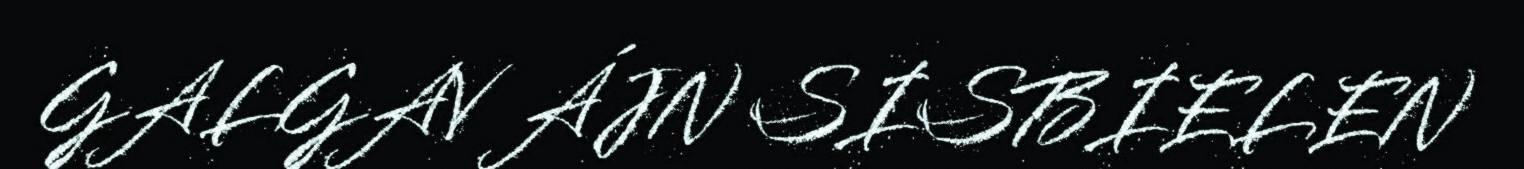
GALGAV ÁJN SISBIELEN